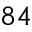
8 4